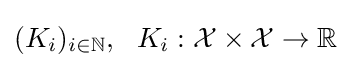
(K_{i})_{i\in \mathbb {N} },\ \ K_{i}:{\mathcal {X}}\times {\mathcal {X}}\to \mathbb {R}